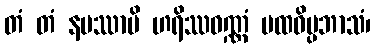
တံ တံ နမဿာမိ ဟရိဿဝဏ္ဏံ ပထဝိပ္ပဘာသံ၊